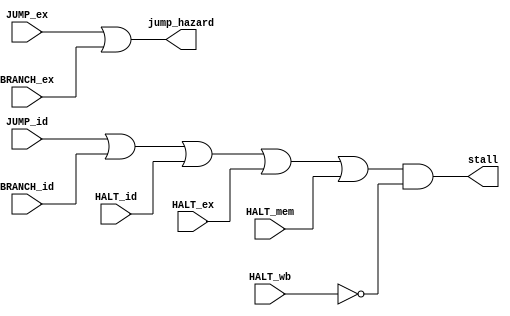
module hazard_detection (JUMP_ex, BRANCH_ex, JUMP_id, BRANCH_id, HALT_id, HALT_ex, HALT_mem, HALT_wb, jump_hazard, stall);

    input JUMP_ex, JUMP_id, BRANCH_ex, BRANCH_id, HALT_id, HALT_ex, HALT_mem, HALT_wb;
    output jump_hazard, stall;

    assign jump_hazard = JUMP_ex | BRANCH_ex;
    assign stall = (JUMP_id | BRANCH_id | HALT_id | HALT_ex | HALT_mem) & ~HALT_wb;

endmodule